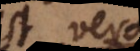
est vera